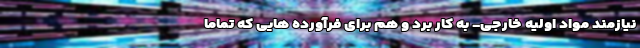
نیازمند مواد اولیه خارجی- به کار برد و هم برای فرآورده هایی که تماماً